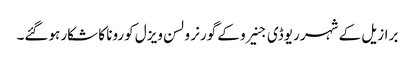
برازیل کے شہر ریوڈی جنیرو کے گورنر ولسن ویزل کورونا کا شکار ہوگئے۔